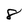
Character: 8